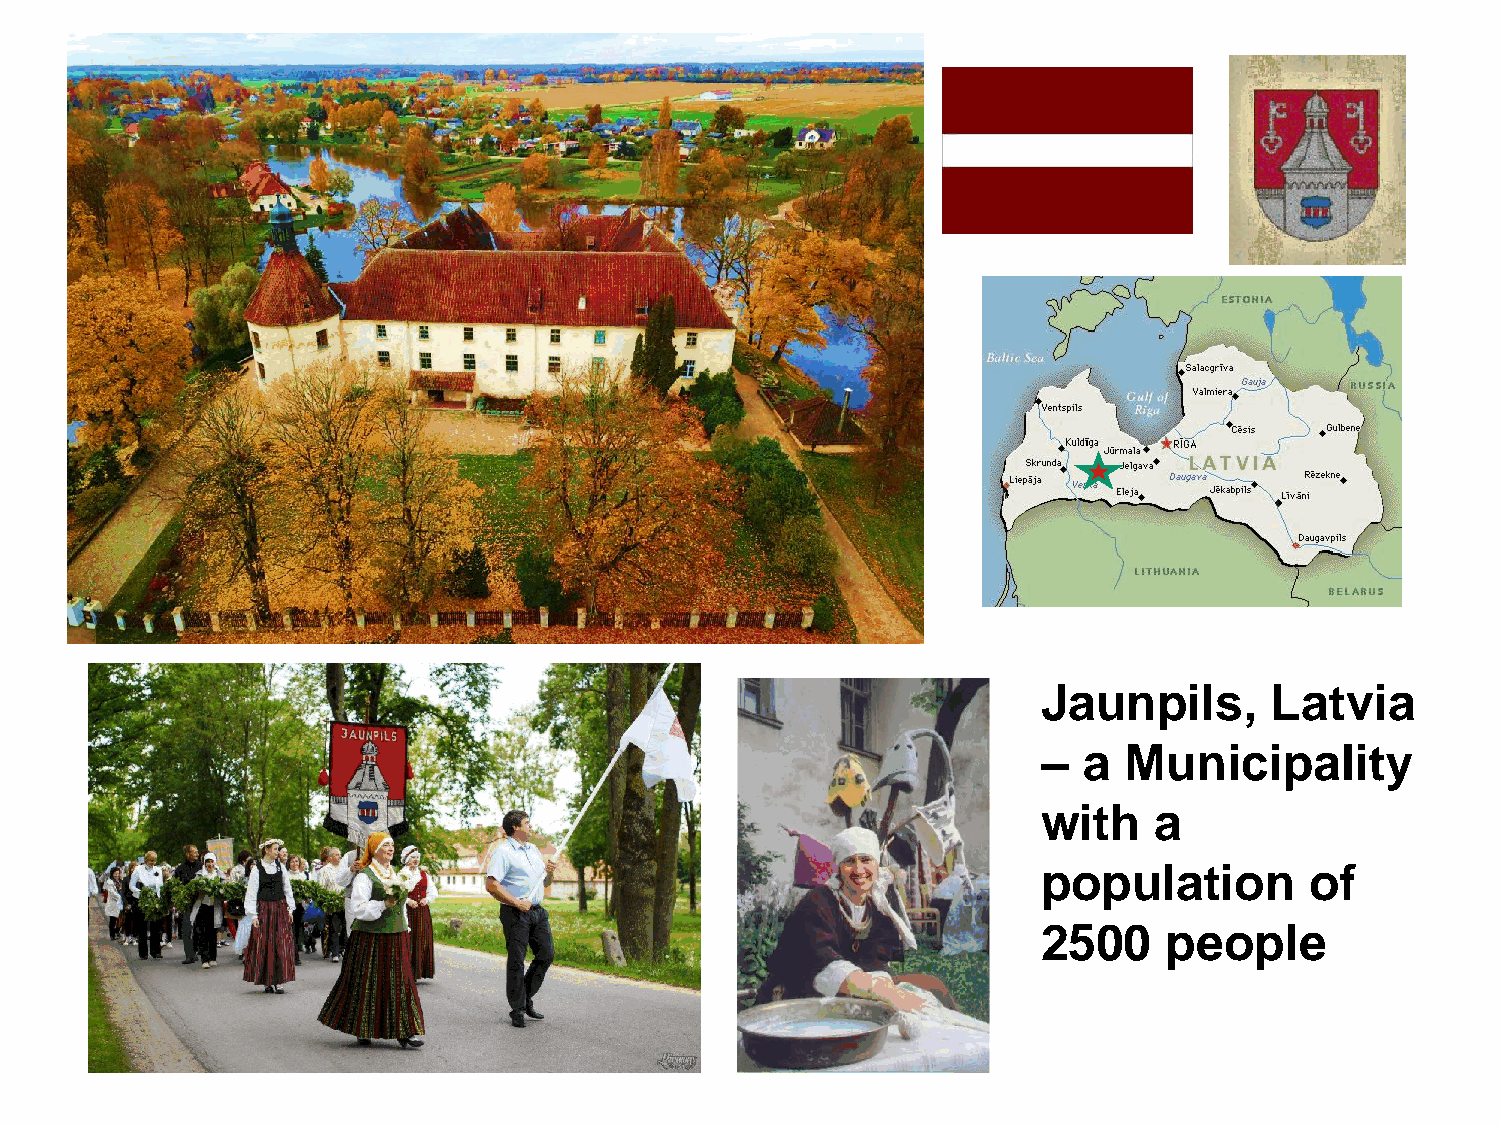
Jaunpils,      Latvia
 –  a Municipality
 with   a
 population        of
 2500    people